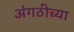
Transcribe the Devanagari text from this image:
अंगठीच्या